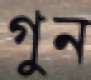
গুন